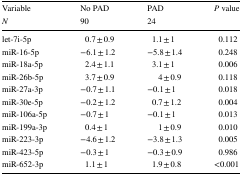
| Variable | No PAD | PAD | <ROWSPAN=2> P value |
 | N | 90 | 24 |
 | --- | --- | --- | --- |
 | let-7i-5p | 0.7 ± 0.9 | 1.1 ± 1 | 0.112 |
 | miR-16-5p | −6.1 ± 1.2 | −5.8 ± 1.4 | 0.248 |
 | miR-18a-5p | 2.4 ± 1.1 | 3.1 ± 1 | 0.006 |
 | miR-26b-5p | 3.7 ± 0.9 | 4 ± 0.9 | 0.118 |
 | miR-27a-3p | −0.7 ± 1.1 | −0.1 ± 1 | 0.018 |
 | miR-30e-5p | −0.2 ± 1.2 | 0.7 ± 1.2 | 0.004 |
 | miR-106a-5p | −0.7 ± 1 | −0.1 ± 1 | 0.013 |
 | miR-199a-3p | 0.4 ± 1 | 1 ± 0.9 | 0.010 |
 | miR-223-3p | −4.6 ± 1.2 | −3.8 ± 1.3 | 0.005 |
 | miR-423-5p | −0.3 ± 1 | −0.3 ± 0.9 | 0.986 |
 | miR-652-3p | 1.1 ± 1 | 1.9 ± 0.8 | <0.001 |